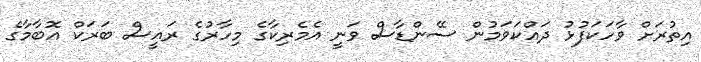
އިތުރަށް ވާހަކަފުޅު ދައްކަވަމުން ސޭންޑާސް ވަނީ އެމެރިކާގެ މިހާރުގެ ރައީސް ބަރަކް އޮބާމާގެ